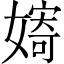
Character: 𱙪